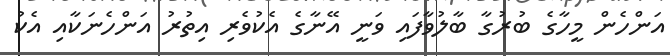
އަންހެން މީހާގެ ބުރުގާ ބާލުވާފައި ވަނީ އޭނާގެ އެކުވެރި އިތުރު އަންހެނަކާއި އެކު